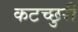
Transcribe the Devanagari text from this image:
कटच्छुरी